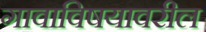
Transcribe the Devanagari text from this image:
गावाविषयावरील